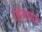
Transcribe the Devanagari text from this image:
लिंग्वाफोन